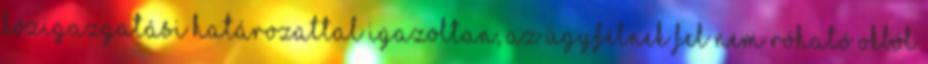
közigazgatási határozattal igazoltan, az ügyfélnek fel nem róható okból